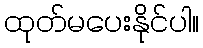
ထုတ်မပေးနိုင်ပါ။